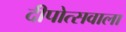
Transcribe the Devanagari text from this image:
दीपोत्सवाला